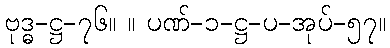
ဗုဒ္ဓ-ဋ္ဌ-၇၆။ ။ ပဏ်-၁-ဋ္ဌ-ပ-အုပ်-၅၇။